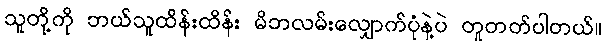
သူတို့ကို ဘယ်သူထိန်းထိန်း မိဘလမ်းလျှောက်ပုံနဲ့ပဲ တူတတ်ပါတယ်။